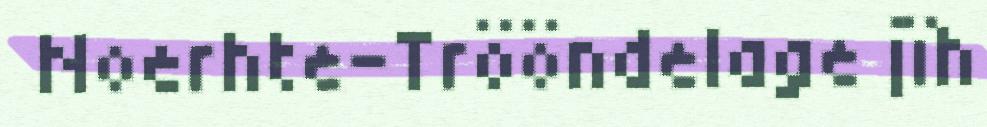
Noerhte-Trööndelage jïh